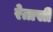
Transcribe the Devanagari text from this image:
रेतासी